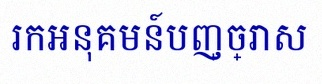
រកអនុគមន៍បញ្ច្រាស